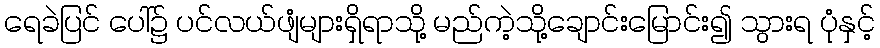
ရေခဲပြင် ပေါ်၌ ပင်လယ်ဖျံများရှိရာသို့ မည်ကဲ့သို့ချောင်းမြောင်း၍ သွားရ ပုံနှင့်